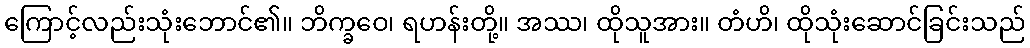
ကြောင့်လည်းသုံးဘောင်၏။ ဘိက္ခဝေ၊ ရဟန်းတို့။ အဿ၊ ထိုသူအား။ တံဟိ၊ ထိုသုံးဆောင်ခြင်းသည်